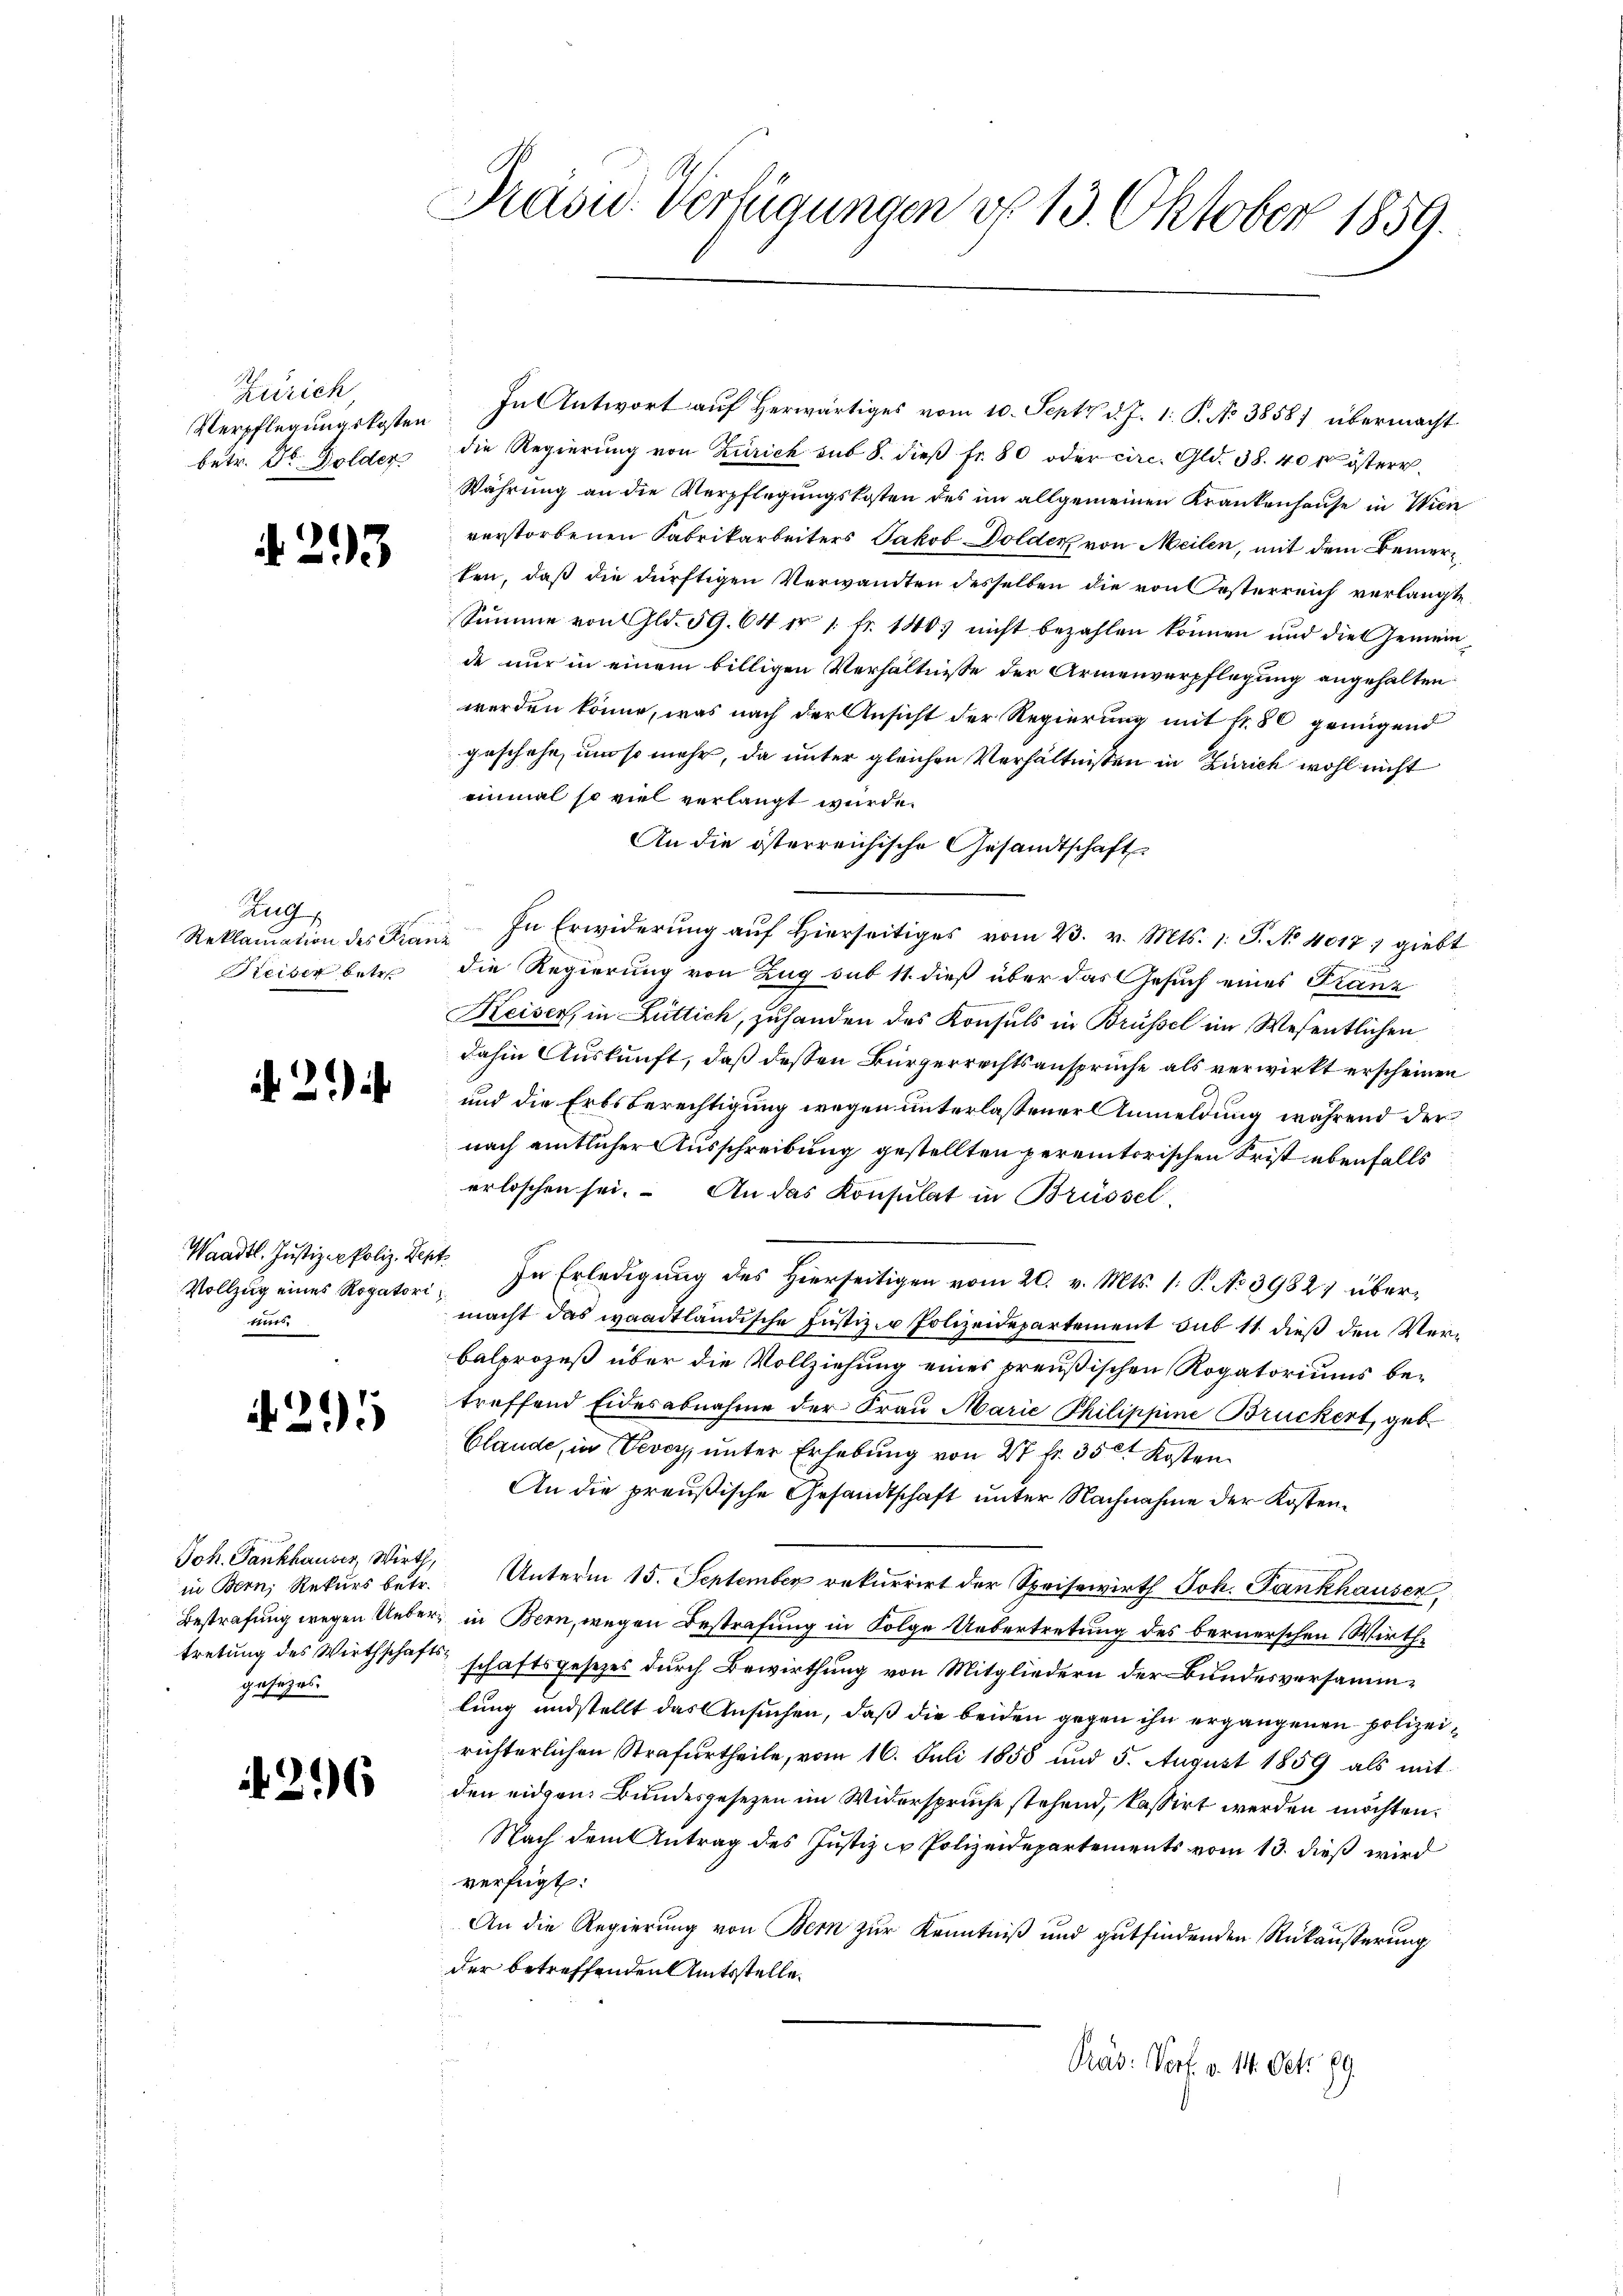
Zürich
Verpflegungskosten
betr. Dr. Golder.

293

Zug
Reklamation des Kran
Reiser betr

2

Waadt. Justizco Poliz. Depr
Vollzug eines Rogatorittur

429

Joh. Fankhauser, Wirth,
in Bern, Rekurs betr.
Bestrafung wegen Uebertretung des Wirthschaft
gesezes.

.

6

Pasu. Verfügungen do 13. Oktober 1859.

In Antwort auf herwärtiges vom 10. Sept d. J. 1: P. No 3858) übermacht
die Regierŭng von Zürich auf 8. dieβ fr. 80 oder circ. Gld. 38. 400 österr.
Währung an die Verpflegungskosten des im allgemeinen Krankenhause in Wicie
verstorbenen Fabrikarbeiters Jakob Dolden von Meilen, mit dem Bemerten, daß die dürftigen Verwandten desselben die von Oesterreich verlangte
Summe von Gld. 59. 64 n 1. fr. 140) nicht bezahlen können und die Gemeinde nur in einem billigen Verhältnisse der Armenverpflegung angehalten
werden könne, was nach der Ansicht der Regierung mit fr. 80 genügend
geschehe, um so mehr, da unter gleichen Verhältnissen in Zürich wohl nicht
einmal so viel verlangt wurde.
An die österreichische Gesandtschaft
In Erwiderung auf hierseitiges vom 23. v. Mts. 1. P. No 4017, giebt
die Regierung von Zug sub 11. dieß über das Gesuch eines Franz
Keiser, in Lüttich, zuhanden des Konsuls in Brüssel im Wesentlichen
dahin Auskunft, daß dessen Bürgerrechtsansprüche als verwirkt erscheinen
und die Erbsberechtigung wegen unterlassener Anmeldung während der
nach amtlicher Ausschreibung gestellten peremtorischen Frist ebenfalls
erloschen sei. An das Konsulat in Brüssel
In Erledigung des hierseitigen vom 20. v. Mts. 1. P. No 3982 übermacht das waadtländische Justiz- u Polizeidepartement sub 11 dieß den Verbalprozeß über die Vollziehung eines preußischen Rogatoriums betreffend Eidesabnahme der Frau Marie Philippine Brückert, geb.
Claude, in Vevey, unter Erhebung von 27 fr. 350 Kosten
An die preußische Gesandtschaft unter Nachnahme der Kosten¬
Unterm 15. September rekurrirt der Speisewirth Joh. Fankhauser,
in Bern, wegen Bestrafung in Folge Uebertretung des bernerschen Wirthschaftsgesetzes durch Bewirthung von Mitgliedern der Bundesversammlung und stellt das Ansuchen, daß die beiden gegen ihn ergangenen polizeirichterlichen Strafurtheile, vom 16. Juli 1858 und 5. August 1859 als mit
den eidgen. Bundesgesezen im Widersprüche stehend, kassirt werden möchten.
Nach dem Antrag des Justiz - Polizeidepartements vom 13. dieß wird
verfügt:
An die Regierung von Bern zur Kenntniß und gutfindenden Rükäußerung
der betreffenden Amtsstelle.
Präv. Porf. v. 14. Oct. 19.